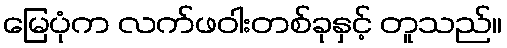
မြေပုံက လက်ဖဝါးတစ်ခုနှင့် တူသည်။